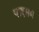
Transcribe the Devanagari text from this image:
पाइसम